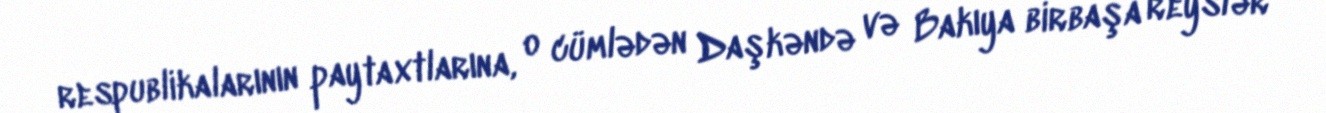
respublikalarının paytaxtlarına, o cümlədən Daşkəndə və Bakıya birbaşa reyslər